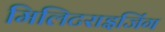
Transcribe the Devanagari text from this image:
मिलिटराइजिंग